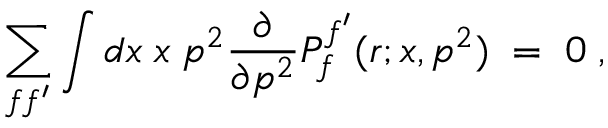
\sum _ { f f ^ { \prime } } \int d x \; x \; p ^ { 2 } \frac { \partial } { \partial p ^ { 2 } } { \cal P } _ { f } ^ { f ^ { \prime } } ( r ; x , p ^ { 2 } ) \; = \; 0 \; ,